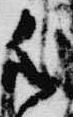
御